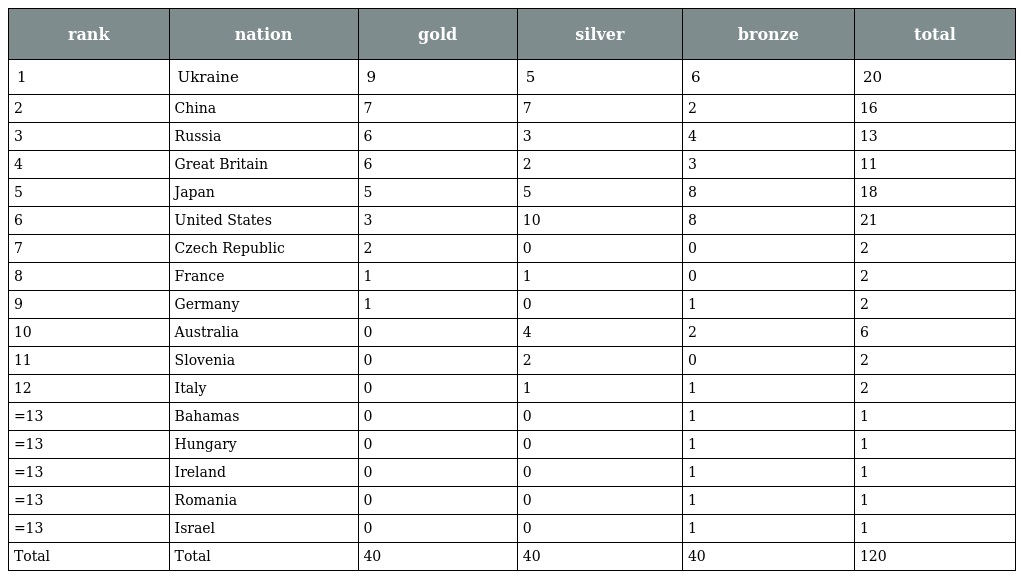
| rank | nation | gold | silver | bronze | total |
 | --- | --- | --- | --- | --- | --- |
 | 1 | Ukraine | 9 | 5 | 6 | 20 |
 | 2 | China | 7 | 7 | 2 | 16 |
 | 3 | Russia | 6 | 3 | 4 | 13 |
 | 4 | Great Britain | 6 | 2 | 3 | 11 |
 | 5 | Japan | 5 | 5 | 8 | 18 |
 | 6 | United States | 3 | 10 | 8 | 21 |
 | 7 | Czech Republic | 2 | 0 | 0 | 2 |
 | 8 | France | 1 | 1 | 0 | 2 |
 | 9 | Germany | 1 | 0 | 1 | 2 |
 | 10 | Australia | 0 | 4 | 2 | 6 |
 | 11 | Slovenia | 0 | 2 | 0 | 2 |
 | 12 | Italy | 0 | 1 | 1 | 2 |
 | =13 | Bahamas | 0 | 0 | 1 | 1 |
 | =13 | Hungary | 0 | 0 | 1 | 1 |
 | =13 | Ireland | 0 | 0 | 1 | 1 |
 | =13 | Romania | 0 | 0 | 1 | 1 |
 | =13 | Israel | 0 | 0 | 1 | 1 |
 | Total | Total | 40 | 40 | 40 | 120 |